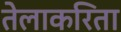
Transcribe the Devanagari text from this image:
तेलाकरिता